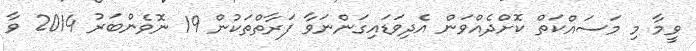
ވީމާ މި މަސައްކަތް ކޮށްދެއްވަން އެދިވަޑައިގަންނަވާ ފަރާތްތަކުން 19 ނޮވެންބަރު 2014 ވާ